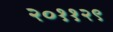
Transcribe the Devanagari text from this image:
२०११२९